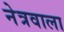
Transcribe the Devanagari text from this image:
नेत्रवाला